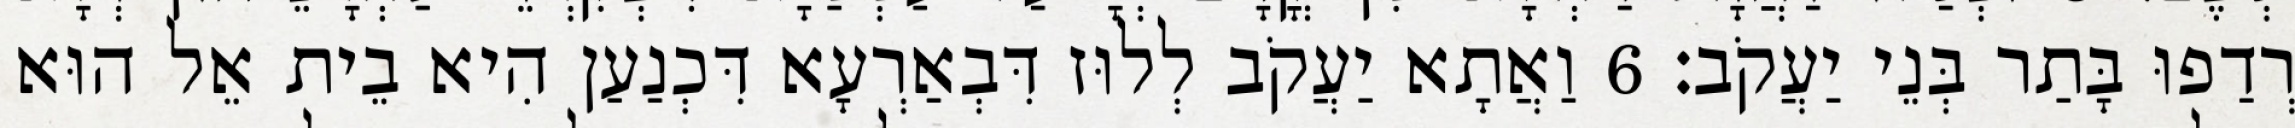
רְדַפוּ בָּתַר בְּנֵי יַעֲקֹב׃ 6 וַאֲתָא יַעֲקֹב לְלוּז דִּבְאַרְעָא דִּכְנַעַן הִיא בֵית אֵל הוּא